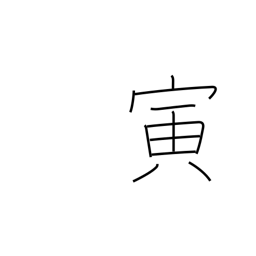
Meaning: sign of the tiger